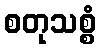
စတုသစ္စံ